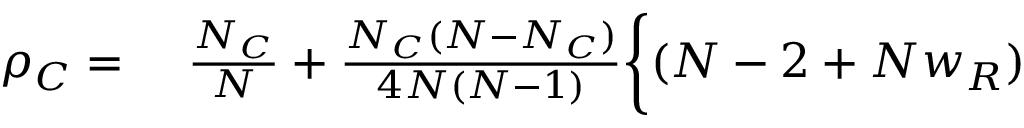
\begin{array} { r l } { \rho _ { C } = } & { { } ~ \frac { N _ { C } } { N } + \frac { N _ { C } ( N - N _ { C } ) } { 4 N ( N - 1 ) } \bigg \{ ( N - 2 + N w _ { R } ) } \end{array}